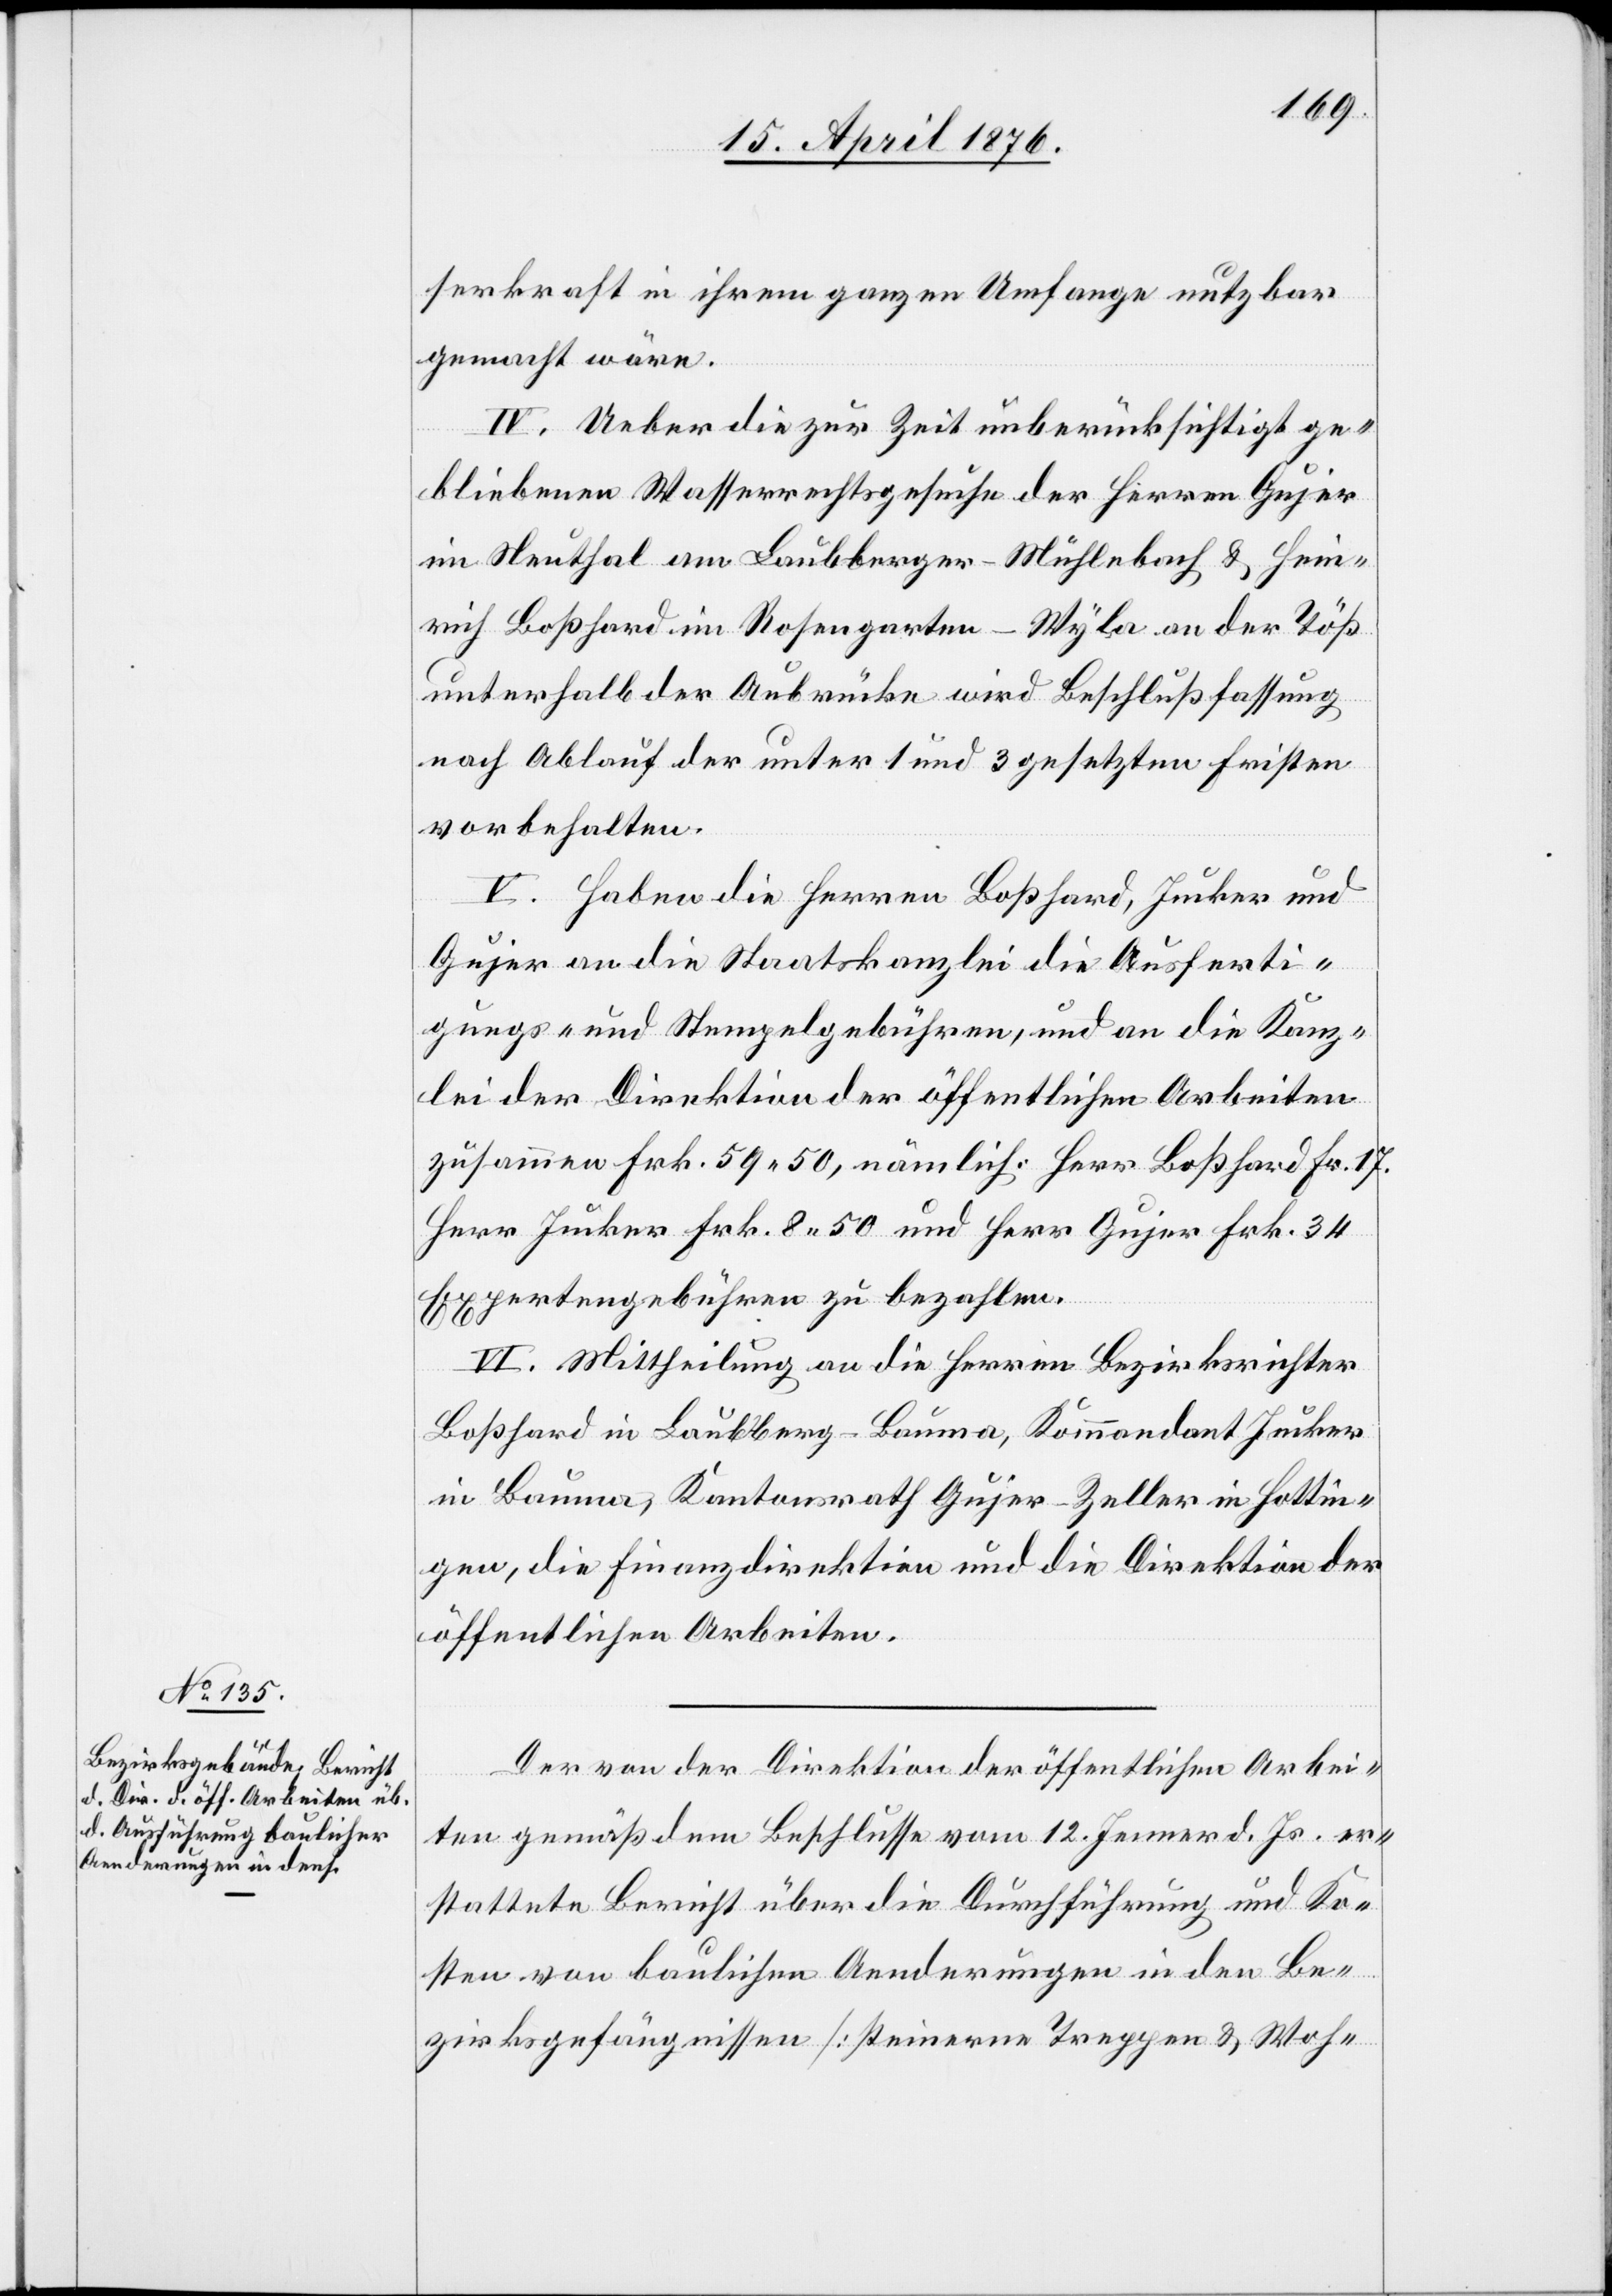
serkraft in ihrem ganzen Umfange nutzbar
gemacht wäre.
IV. Ueber die zur Zeit unberücksichtigt ge¬
bliebenen Wasserrechtsgesuche der Herren Gujer
im Neuthal am Laubberger-Mühlebach & Hein¬
rich Boßhard im Rosengarten - Wyla an der Töß
unterhalb der Aubrücke wird Beschlußfassung
nach Ablauf der unter 1 und 3 gesetzten Fristen
vorbehalten.
V. Haben die Herren Boßhard, Jucker und
Gujer an die Staatskanzlei die Ausferti¬
gungs- und Stempelgebühren, und an die Kanz¬
lei der Direktion der öffentlichen Arbeiten
zusammen Frk. 59 50, nämlich: Herr Boßhard Fr. 17.
Herr Jucker Frk. 8 50 und Herr Gujer Frk. 34
Expertengebühren zu bezahlen.
VI. Mittheilung an die Herren Bezirksrichter
Boßhard in Laubberg - Bauma, Kommandant Jucker
in Bauma [sic!], Kantonsrath Gujer-Zeller in Hottin¬
gen, die Finanzdirektion und die Direktion der
öffentlichen Arbeiten.
Der von der Direktion der öffentlichen Arbei¬
ten gemäß dem Beschlusse vom 12. Jenner d. Js. er¬
stattete Bericht über die Durchführung und Ko¬
sten von baulichen Aenderungen in den Be¬
zirksgefängnissen [steinerne Treppen & Woh-